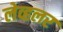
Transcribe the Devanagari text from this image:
लेव्हलर